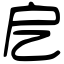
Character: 戹